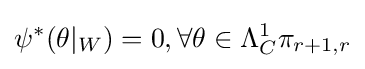
\psi ^{*}(\theta |_{W})=0,\forall \theta \in \Lambda _{C}^{1}\pi _{r+1,r}